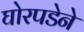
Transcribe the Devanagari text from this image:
घोरपडेने